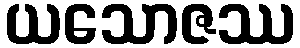
ယသောဇဿ